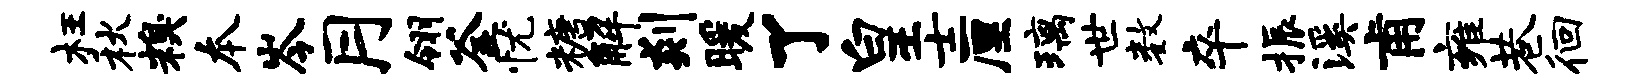
枉秋糗本岑月翎釜忧糖解剡暖了皇士厘璃世数卒振溪甫雍巷徊